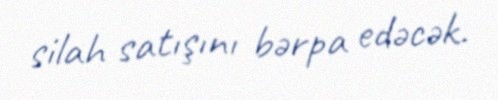
silah satışını bərpa edəcək.